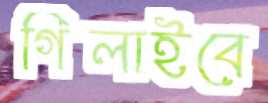
গিলাইবে